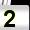
Digit: 2